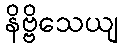
နိဗ္ဗိသေယျ